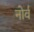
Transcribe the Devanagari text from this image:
नोर्व